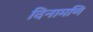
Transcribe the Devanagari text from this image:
दिनामणि